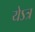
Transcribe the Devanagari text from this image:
येऽत्र